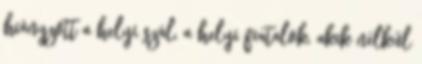
hiányzott a helyi szál, a helyi fiatalok, akik nélkül